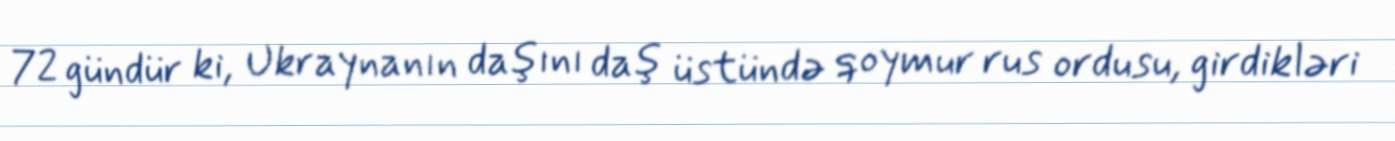
72 gündür ki, Ukraynanın daşını daş üstündə qoymur rus ordusu, girdikləri